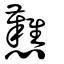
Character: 戁